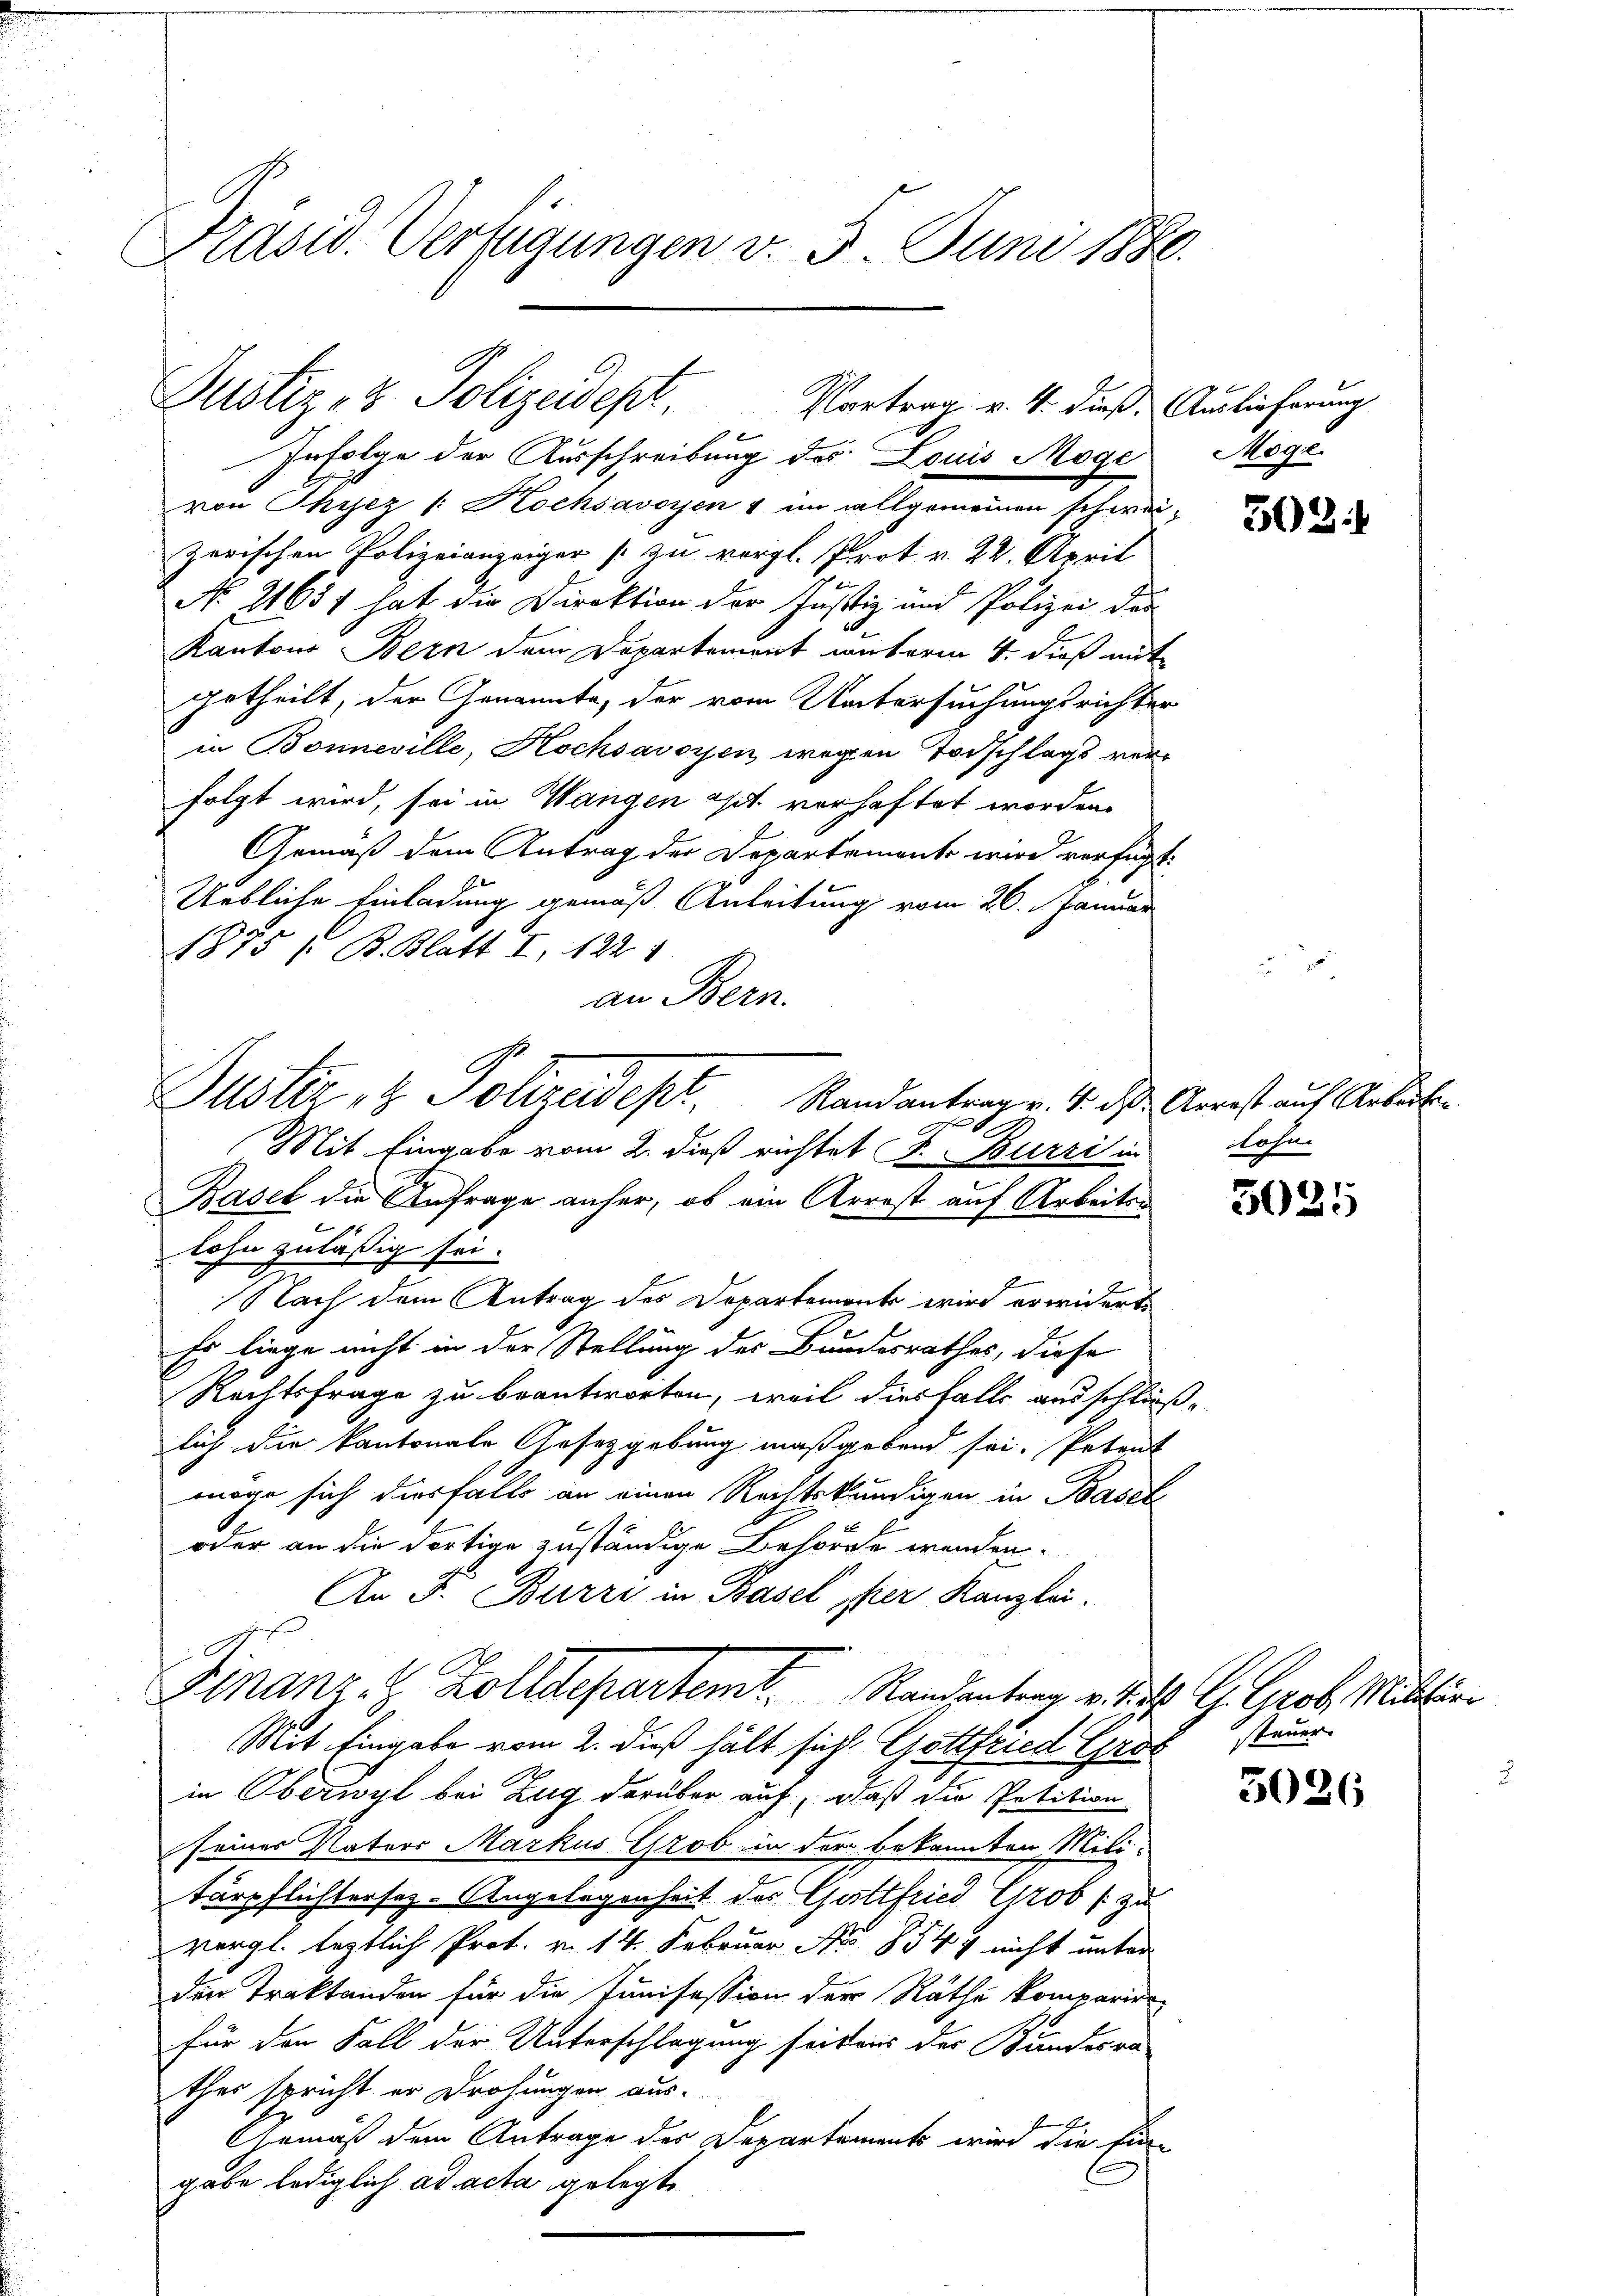
Präsid. Verfügungen v. 5. Juni 1880.

von Phyez /: Hochsavoyen 1 im allgemeinen schwei
zerischen Polizeianzeiger zu vergl. Prot v. 22. April
No. 21637 hat die Direktion der Justiz- und Polizei der
Kantons Bern dem Departement unterm 4. dieß mit
getheilt, der Genannte, der vom Untersuchungsrichter
in Bonneville, Hochsavoyen wegen Todschlags verfolgt wird, sei in Wangen ist verhaftet worden.
Gemäß dem Antrag der Departements wird verfügt:
Uebliche Einladung gemäß Anleitung vom 26. Januar
i
1875 / B. Blatt I. 122
an Bern.
1
Mit Eingabe vom 2. dieß richtet S. Burzi in
Basel die Anfrage anher, ob ein Arrest auf Arbeiten
1
lohn zuläßig sei.
Nach dem Antrag des Departements wird erwiderte
Er liege nicht in der Stellung des Bundesrathes, diese
Rechtsfrage zu beantworten, weil diesfalls ausschließe
lich die kantonale Gesetzgebung maßgebend sei. Petent
möge sich diesfalls an einen Rechtskundigen in Basel
oder an die dortige zuständige Behörde werden.
An F. Birri in Basel per Kanzlei.
A
Finanz- & Zolldepartemt. Randantern v. d. G. Grob. Mittli¬
Mit Eingabe vom 2. dieß hält sicht Gottfried Gros
in Oberwyl bei Zug darüber auf, daß die Petition
seiner Naters Markus Grob in der bekannten Mili-
tärpflichtersaz- Angelegenheit des Gottfried Grob / zu
vergl. leztlich Prot. v. 14. Februar No 854 nicht unter
den Traktanden für die Junisession der Rathe komparire
für den Fall der Unterschlagung seitens der Bundesra
thes spricht er Drohungen aus-
Gemäß dem Antrage der Departements wird die Ein-
gabe lediglich ad acta gelegte

Justiz- & Polizeidept. Portrag v. M. dieß
Infolge der Ausschreibung des Louis Möge

Justiz & Polizeidept. Randantrag v. 4. das Arrest auf Antr

Auslieferung
Möge

502)

Lohn.

3025

3026

steuer

t